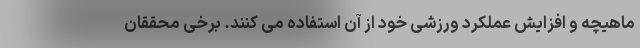
ماهیچه و افزایش عملکرد ورزشی خود از آن استفاده می کنند. برخی محققان